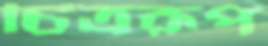
চিত্ররূপ